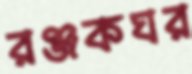
রঞ্জকঘর